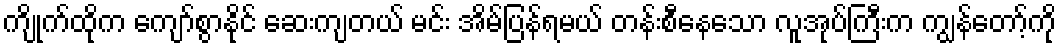
ကျိုက်ထိုက ကျော်စွာနိုင် ဆေးကျတယ် မင်း အိမ်ပြန်ရမယ် တန်းစီနေသော လူအုပ်ကြီးက ကျွန်တော့်ကို